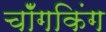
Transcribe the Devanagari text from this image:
चॉँगकिंग